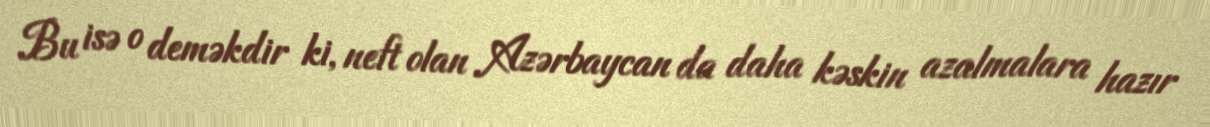
Bu isə o deməkdir ki, neft olan Azərbaycan da daha kəskin azalmalara hazır